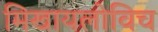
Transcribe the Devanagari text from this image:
मिखायलोविच